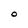
Character: O